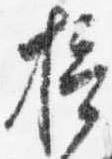
摂